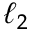
\ell _ { 2 }